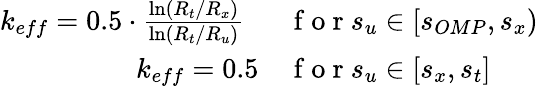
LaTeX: \begin{array}{rl}{k_{eff}=0.5\cdot\frac{\ln\left(R_{t}/R_{x}\right)}{\ln\left(R_{t}/R_{u}\right)}~~}&{{}\mathrm{~f~o~r~}s_{u}\in[s_{OMP},s_{x})}\\ {k_{eff}=0.5}&{{}\mathrm{~f~o~r~}s_{u}\in[s_{x},s_{t}]}\end{array}